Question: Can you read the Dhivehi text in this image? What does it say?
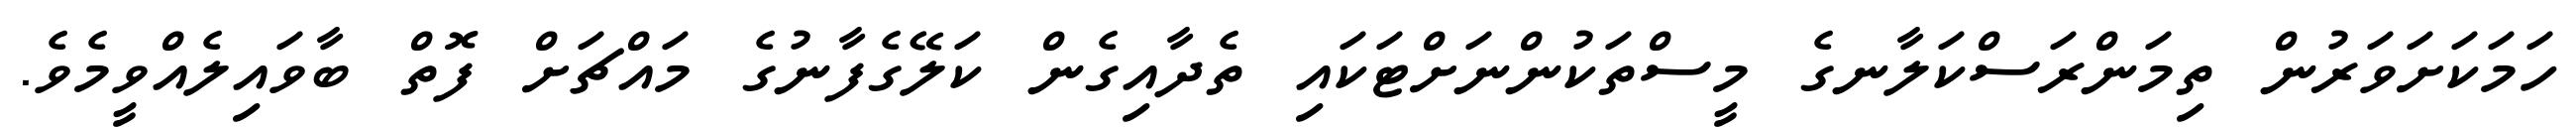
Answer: ހަމަކަށަވަރުން ތިމަންރަސްކަލާނގެ މީސްތަކުންނަށްޓަކައި ތެދާއިގެން ކަލޭގެފާނުގެ މައްޗަށް ފޮތް ބާވައިލެއްވީމެވެ.